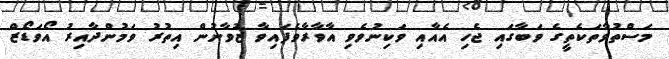
މަސްތުވާތަކެތީގެ ވަބާގައި ޖެހި އެއާއި ވަކިނުވެވި އާވާރާވެފައިވާ ޒުވާނުން އިތުރު ވަމުންދާއިރު އޯވަޑޯޒް